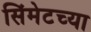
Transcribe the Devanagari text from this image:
सिंमेटच्या